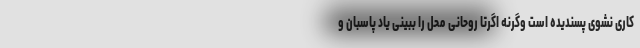
کاری نشوی پسندیده است وگرنه اگرتا روحانی محل را ببینی یاد پاسبان و